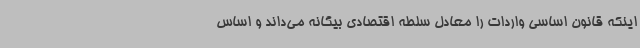
اینکه قانون اساسی واردات را معادل سلطه اقتصادی بیگانه می‌داند و اساس